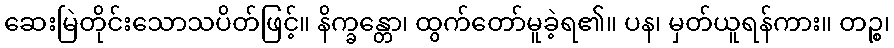
ဆေးမြဲတိုင်းသောသပိတ်ဖြင့်။ နိက္ခန္တော၊ ထွက်တော်မူခဲ့ရ၏။ ပန၊ မှတ်ယူရန်ကား။ တဉ္စ၊